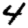
Digit: 4